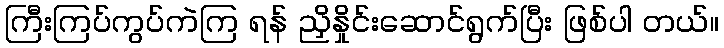
ကြီးကြပ်ကွပ်ကဲကြ ရန် ညှိနှိုင်းဆောင်ရွက်ပြီး ဖြစ်ပါ တယ်။